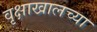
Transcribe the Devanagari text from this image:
वृक्षाखालच्या